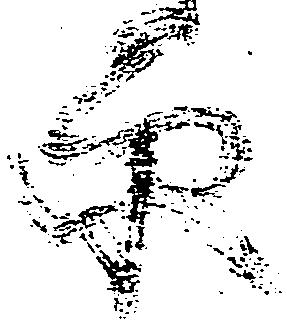
原